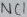
Text: NC1